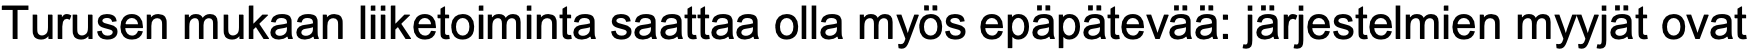
Turusen mukaan liiketoiminta saattaa olla myös epäpätevää: järjestelmien myyjät ovat